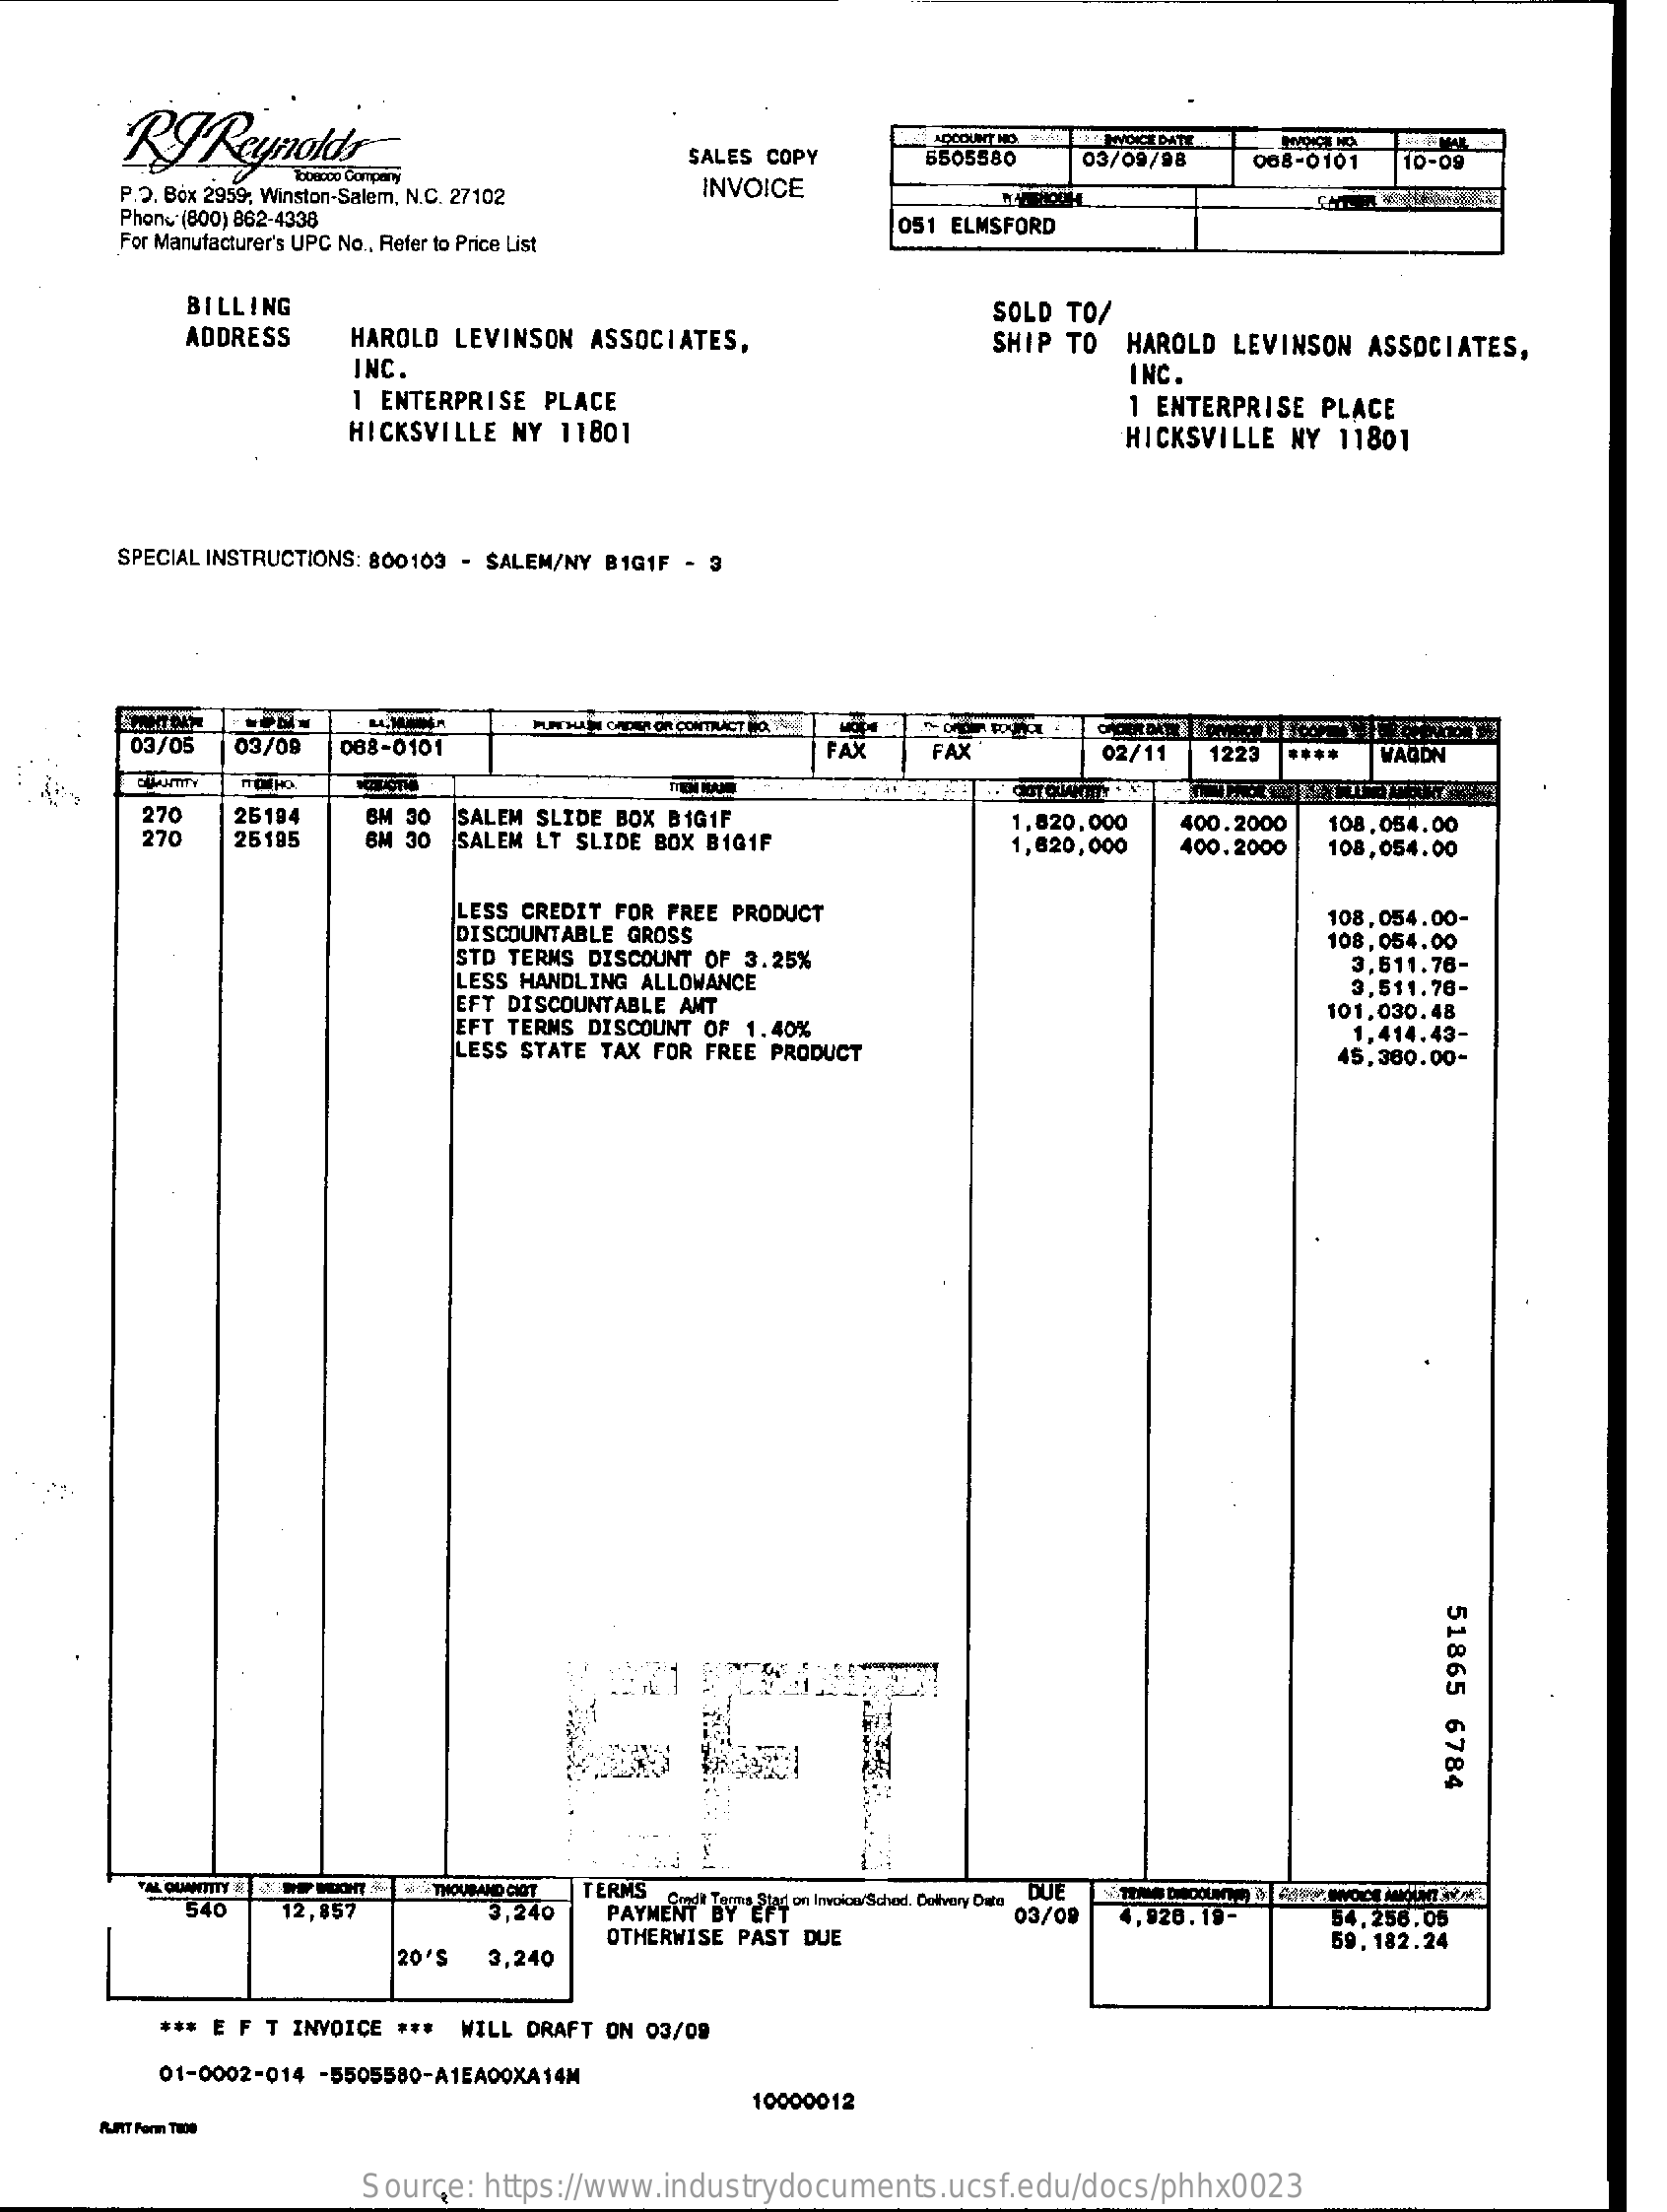
SALES COPY    5505580   03/09/98   068-0101 10-09
     P.O. Box 2959, Winston-Salem, N.C. 27102 INVOICE
     Phone:(800) 862-4338
     For Manufacturer's UPC No .. Refer to Price List
     051 ELMSFORD
     BILLING
     ADDRESS   HAROLD LEVINSON ASSOCIATES,
     SOLD TO/
     SHIP TO HAROLD LEVINSON ASSOCIATES,
     INC.
     1 ENTERPRISE PLACE
     INC.
     HICKSVILLE NY 11801
     1 ENTERPRISE PLACE
     HICKSVILLE NY 11801
     SPECIAL INSTRUCTIONS: 800103 - SALEM/NY BIG1F - 3
     03/05 03/09  068-0101    FAX    FAX    02/11  1223    WAGON
     270
     270
     25194   BM 30 SALEM SLIDE BOX BIGIF
     25195   6M 30 SALEM LT SLIDE BOX BIG1F
     1,820,000 400.2000
     1,820,000
     108.054.00
     400.2000 108,054.00
     LESS CREDIT FOR FREE PRODUCT
     DISCOUNTABLE GROSS
     108,054.00-
     STD TERMS DISCOUNT OF 3.25%
     108,054.00
     LESS HANDLING ALLOWANCE
     3,511.76-
     EFT DISCOUNTABLE AMT
     3,511.78-
     EFT TERMS DISCOUNT OF 1.40%
     101,030.48
     LESS STATE TAX FOR FREE PRODUCT
     1,414.43-
     45,380.00-
     51865
     6784
     TERMS
     540   12,857    PAYMENT By  an Invoice/Schod. Delivery Data DUE
     4.926.19-
     OTHERWISE PAST DUE
     03/09    54.258.05
     20'S  3,240
     59,182.24
     *** E F T INVOICE *** WILL DRAFT ON 03/09
     01-0002-014 -5505580-A1EA00XA14M
     10000012
     Source: https://www.industrydocuments.ucsf.edu/docs/phhx0023